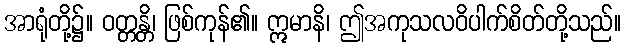
အာရုံတို့၌။ ဝတ္တန္တိ၊ ဖြစ်ကုန်၏။ ဣမာနိ၊ ဤအကုသလဝိပါက်စိတ်တို့သည်။